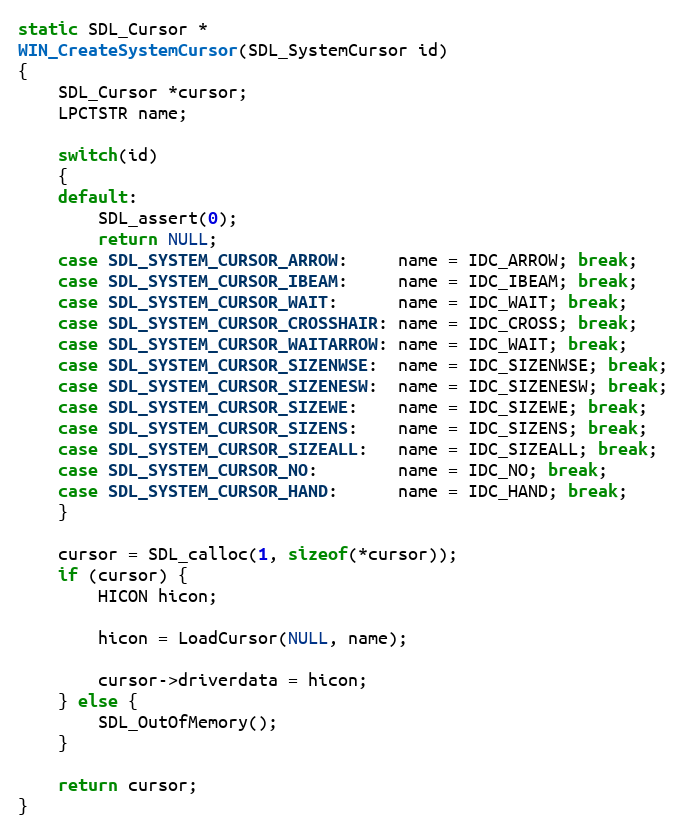
Language: C
static SDL_Cursor *
WIN_CreateSystemCursor(SDL_SystemCursor id)
{
    SDL_Cursor *cursor;
    LPCTSTR name;

    switch(id)
    {
    default:
        SDL_assert(0);
        return NULL;
    case SDL_SYSTEM_CURSOR_ARROW:     name = IDC_ARROW; break;
    case SDL_SYSTEM_CURSOR_IBEAM:     name = IDC_IBEAM; break;
    case SDL_SYSTEM_CURSOR_WAIT:      name = IDC_WAIT; break;
    case SDL_SYSTEM_CURSOR_CROSSHAIR: name = IDC_CROSS; break;
    case SDL_SYSTEM_CURSOR_WAITARROW: name = IDC_WAIT; break;
    case SDL_SYSTEM_CURSOR_SIZENWSE:  name = IDC_SIZENWSE; break;
    case SDL_SYSTEM_CURSOR_SIZENESW:  name = IDC_SIZENESW; break;
    case SDL_SYSTEM_CURSOR_SIZEWE:    name = IDC_SIZEWE; break;
    case SDL_SYSTEM_CURSOR_SIZENS:    name = IDC_SIZENS; break;
    case SDL_SYSTEM_CURSOR_SIZEALL:   name = IDC_SIZEALL; break;
    case SDL_SYSTEM_CURSOR_NO:        name = IDC_NO; break;
    case SDL_SYSTEM_CURSOR_HAND:      name = IDC_HAND; break;
    }

    cursor = SDL_calloc(1, sizeof(*cursor));
    if (cursor) {
        HICON hicon;

        hicon = LoadCursor(NULL, name);

        cursor->driverdata = hicon;
    } else {
        SDL_OutOfMemory();
    }

    return cursor;
}